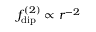
f _ { \mathrm { d i p } } ^ { ( 2 ) } \propto r ^ { - 2 }